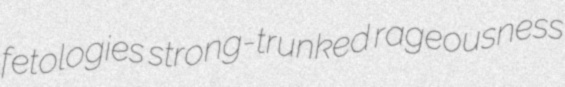
fetologies strong-trunked rageousness